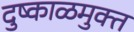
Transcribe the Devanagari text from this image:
दुष्काळमुक्त